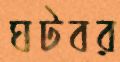
ঘটবর